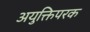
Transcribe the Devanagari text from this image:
अयुक्तिपरक